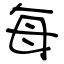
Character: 每